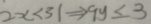
2 x < 3 1 \Rightarrow 9 y \leq 3